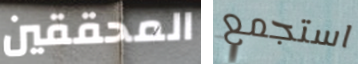
المحققين استجمع